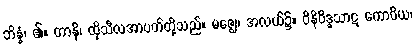
ဘိန္နံ၊ ၏။ တာနိ၊ ထိုသီလအာပတ်တို့သည်။ မဇ္ဈေ၊ အလယ်၌။ ဝိနိဝိဒ္ဓသာဋ ကောဝိယ၊